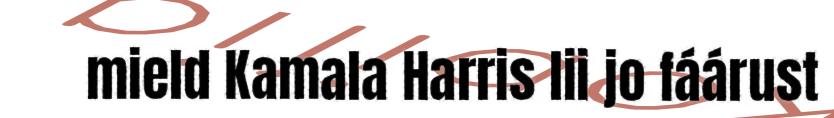
mield Kamala Harris lii jo fáárust